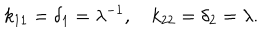
k _ { 1 1 } = \delta _ { 1 } = \lambda ^ { - 1 } , ~ k _ { 2 2 } = \delta _ { 2 } = \lambda .